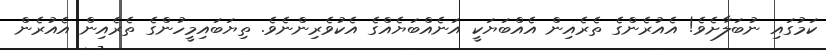
ކަމުގައި ނުބަލާށެވެ! އެއުރެންގެ ތެރެއިން އެއްބަޔަކީ އަނެއްބަޔެއްގެ އެކުވެރިންނެވެ. ތިޔަބައިމީހުންގެ ތެރެއިން އެއުރެން